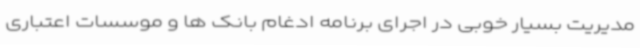
مدیریت بسیار خوبی در اجرای برنامه ادغام بانک ها و موسسات اعتباری